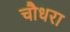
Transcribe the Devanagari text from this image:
चौधरा